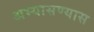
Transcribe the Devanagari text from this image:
अभ्यासण्यास